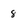
Character: 8